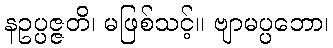
နဥပ္ပဇ္ဇတိ၊ မဖြစ်သင့်။ ဗျာမပ္ပဘော၊